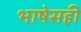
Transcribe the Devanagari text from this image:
भाषेसही